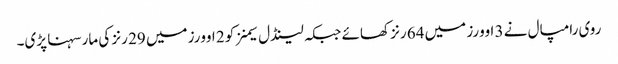
روی رامپال نے 3 اوورز میں 64 رنز کھائے جبکہ لینڈل سیمنز کو 2 اوورز میں 29 رنز کی مار سہنا پڑی۔